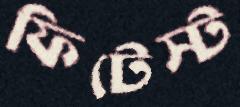
ফিটেস্ট